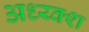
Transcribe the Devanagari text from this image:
अध्य्क्श